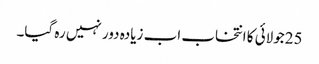
25جولائی کا انتخاب اب زیادہ دور نہیں رہ گیا۔